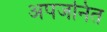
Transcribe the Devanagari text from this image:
अपजनित